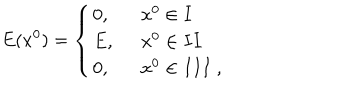
E ( x ^ { 0 } ) = \left\{ \begin{array} { l l } { { 0 , \; \; } } & { { x ^ { 0 } \in I } } \\ { { E , \; \; } } & { { x ^ { 0 } \in I I } } \\ { { 0 , \; \; } } & { { x ^ { 0 } \in I I I \; , } } \\ \end{array} \right.